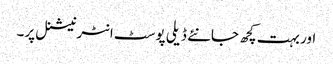
اور بہت کچھ جانئے ڈیلی پوسٹ انٹرنیشنل پر۔